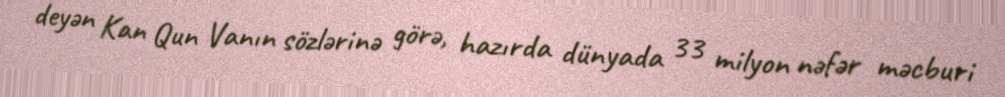
deyən Kan Qun Vanın sözlərinə görə, hazırda dünyada 33 milyon nəfər məcburi